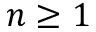
n \geq 1